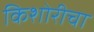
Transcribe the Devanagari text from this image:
किशोरीचा